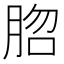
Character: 脗